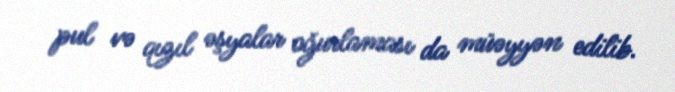
pul və qızıl əşyalar oğurlaması da müəyyən edilib.